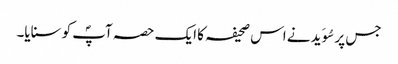
جس پر سُوَید نے اس صحیفہ کا ایک حصہ آپؐ کو سنایا۔